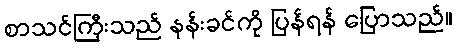
စာသင်ကြီးသည် နန်းခင်ကို ပြန်ရန် ပြောသည်။